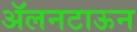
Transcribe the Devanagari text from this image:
ॲलनटाऊन